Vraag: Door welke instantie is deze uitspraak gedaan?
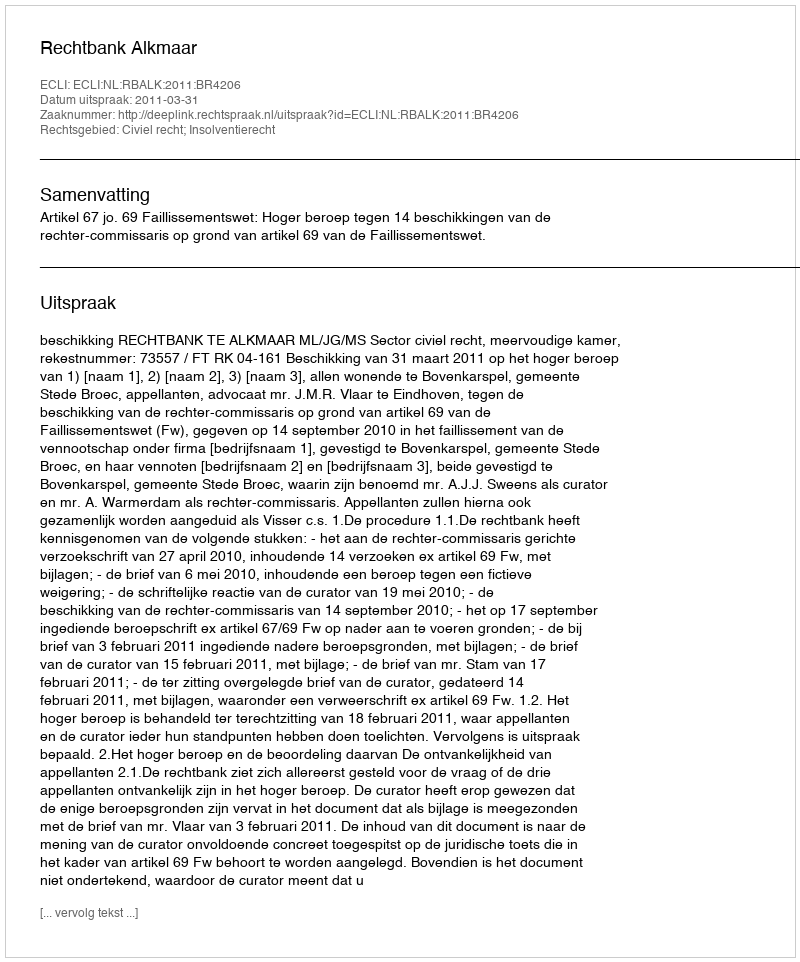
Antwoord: Rechtbank Alkmaar